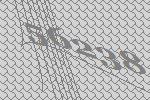
56238